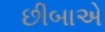
છીબાએ